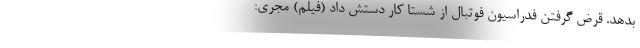
بدهد. قرض گرفتن فدراسیون فوتبال از شستا کار دستش داد (فیلم) مجری: